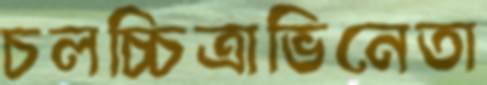
চলচ্চিত্রাভিনেতা